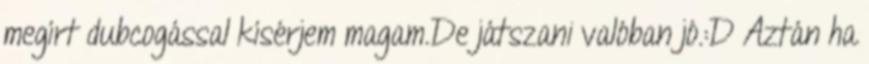
megírt dubcogással kísérjem magam.De játszani valóban jó.:D Aztán ha